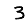
Digit: 3